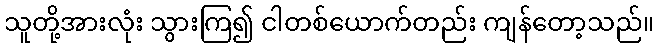
သူတို့အားလုံး သွားကြ၍ ငါတစ်ယောက်တည်း ကျန်တော့သည်။